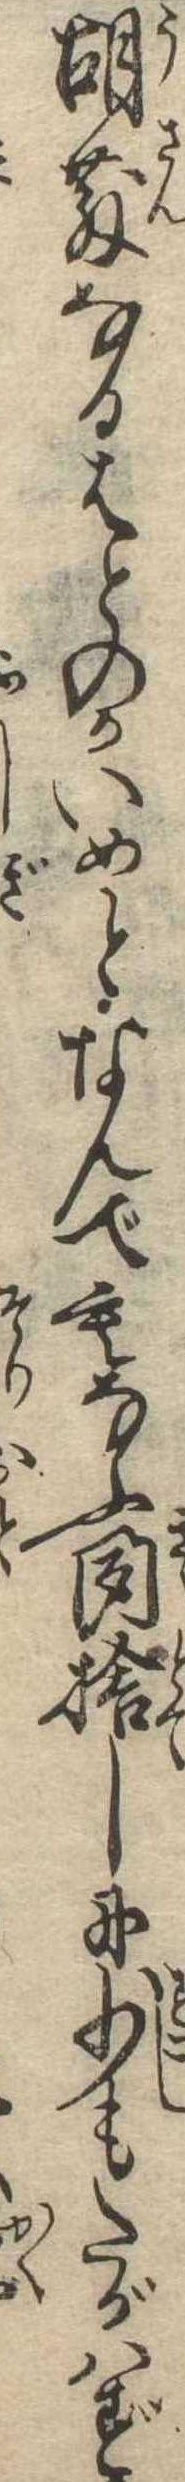
胡散なるはとのかいめとなんでもなふ聞捨しに少もたがはず